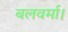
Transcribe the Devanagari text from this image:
बलवर्मा।